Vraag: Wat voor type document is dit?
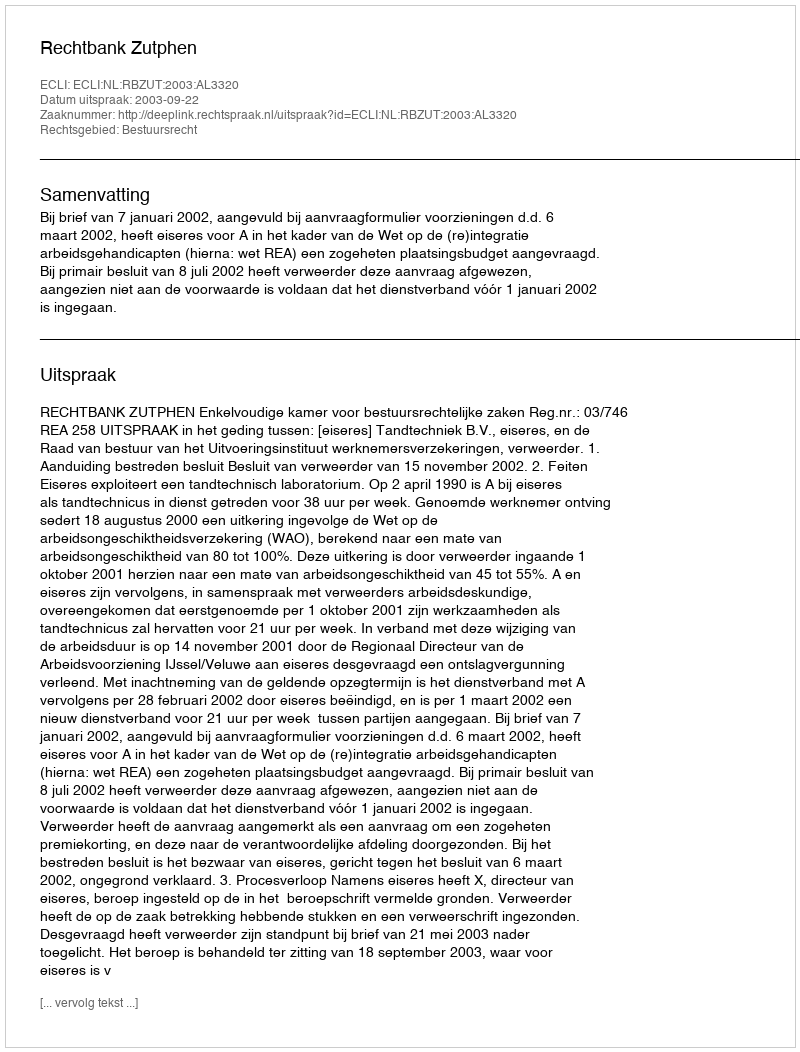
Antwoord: Uitspraak